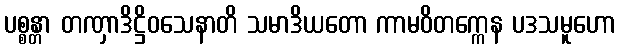
ပစ္စန္တာ တဏှာဒိဋ္ဌိဝသေနာတိ သမာဒိယတော ကာမဝိတက္ကေန ပဒသမူဟော